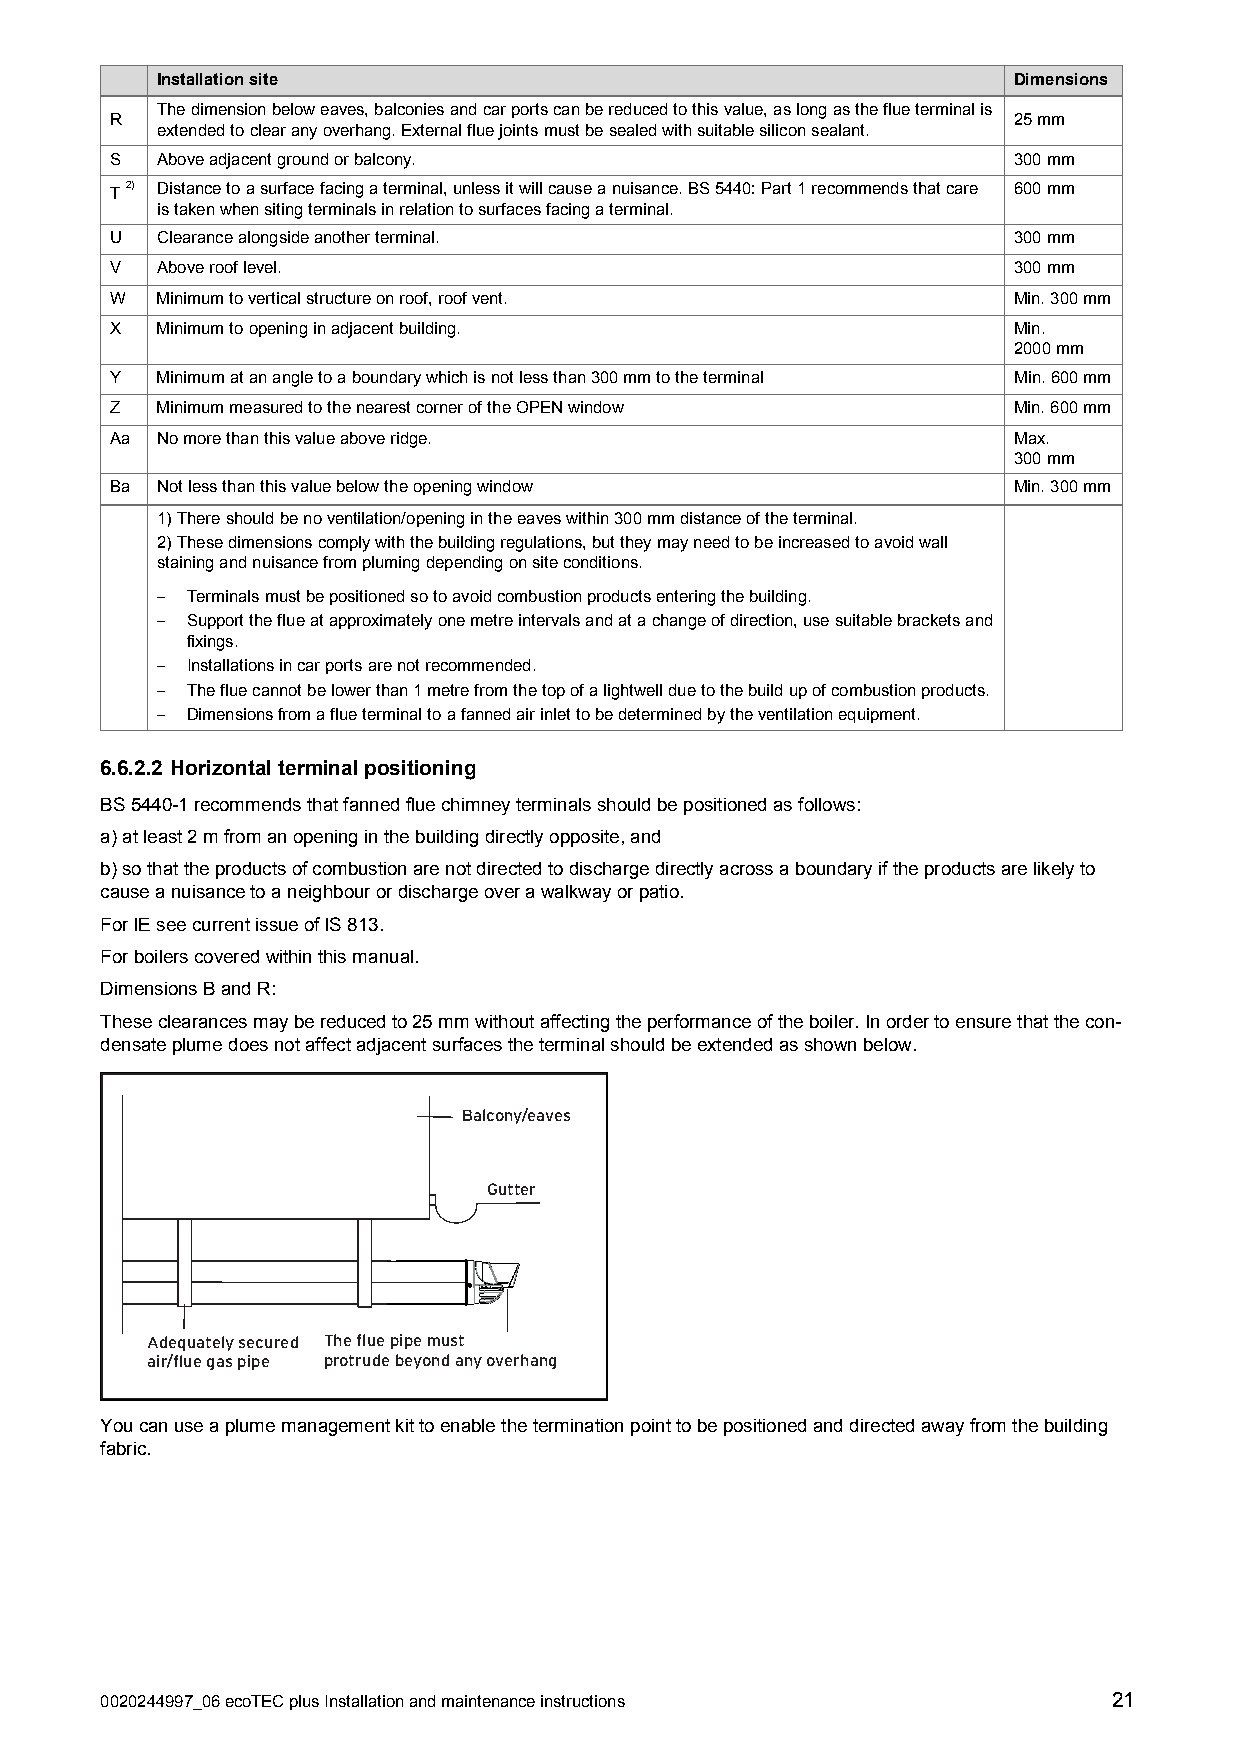
Installationsite                                         Dimensions
 Thedimensionbeloweaves,balconiesandcarportscanbereducedtothisvalue,aslongastheflueterminalis
 R                                                           25mm
 extendedtoclearanyoverhang.Externalfluejointsmustbesealedwithsuitablesiliconsealant.
 S  Aboveadjacentgroundorbalcony.                            300mm
 T2) Distancetoasurfacefacingaterminal,unlessitwillcauseanuisance.BS5440:Part1recommendsthatcare 600mm
 istakenwhensitingterminalsinrelationtosurfacesfacingaterminal.
 U  Clearancealongsideanotherterminal.                       300mm
 V  Aboverooflevel.                                          300mm
 W  Minimumtoverticalstructureonroof,roofvent.               Min.300mm
 X  Minimumtoopeninginadjacentbuilding.                      Min.
 2000mm
 Y  Minimumatanangletoaboundarywhichisnotlessthan300mmtotheterminal Min.600mm
 Z  MinimummeasuredtothenearestcorneroftheOPENwindow         Min.600mm
 Aa Nomorethanthisvalueaboveridge.                           Max.
 300mm
 Ba Notlessthanthisvaluebelowtheopeningwindow                Min.300mm
 1)Thereshouldbenoventilation/openingintheeaveswithin300mmdistanceoftheterminal.
 2)Thesedimensionscomplywiththebuildingregulations,buttheymayneedtobeincreasedtoavoidwall
 stainingandnuisancefromplumingdependingonsiteconditions.
 – Terminalsmustbepositionedsotoavoidcombustionproductsenteringthebuilding.
 – Supporttheflueatapproximatelyonemetreintervalsandatachangeofdirection,usesuitablebracketsand
 fixings.
 – Installationsincarportsarenotrecommended.
 – Thefluecannotbelowerthan1metrefromthetopofalightwellduetothebuildupofcombustionproducts.
 – Dimensionsfromaflueterminaltoafannedairinlettobedeterminedbytheventilationequipment.
 6.6.2.2 Horizontalterminalpositioning
 BS5440-1recommendsthatfannedfluechimneyterminalsshouldbepositionedasfollows:
 a)atleast2mfromanopeninginthebuildingdirectlyopposite,and
 b)sothattheproductsofcombustionarenotdirectedtodischargedirectlyacrossaboundaryiftheproductsarelikelyto
 causeanuisancetoaneighbourordischargeoverawalkwayorpatio.
 ForIEseecurrentissueofIS813.
 Forboilerscoveredwithinthismanual.
 DimensionsBandR:
 Theseclearancesmaybereducedto25mmwithoutaffectingtheperformanceoftheboiler.Inordertoensurethatthecon-
 densateplumedoesnotaffectadjacentsurfacestheterminalshouldbeextendedasshownbelow.
 Balcony/eaves
 Gutter
 Adequately secured The flue pipe must
 air/flue gas pipe protrude beyond any overhang
 Youcanuseaplumemanagementkittoenabletheterminationpointtobepositionedanddirectedawayfromthebuilding
 fabric.
 0020244997_06ecoTECplusInstallationandmaintenanceinstructions      21